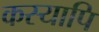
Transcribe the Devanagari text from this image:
कस्यापि